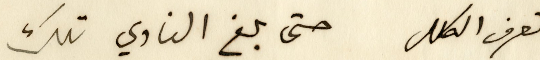
تعرف الكلل حتى بلغ النادي تلك